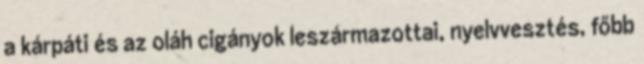
a kárpáti és az oláh cigányok leszármazottai, nyelvvesztés, főbb